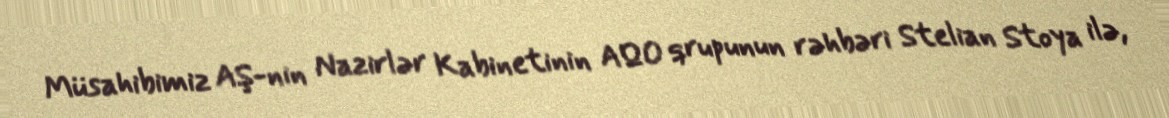
Müsahibimiz AŞ-nin Nazirlər Kabinetinin AQO qrupunun rəhbəri Stelian Stoya ilə,